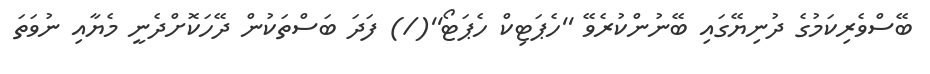
ބޭސްވެރިކަމުގެ ދުނިޔޭގައި ބޭނުންކުރެވޭ ''ހެޕަޓިކް ހެޕަޓޯ''(/) ފަދަ ބަސްތަކުން ދޭހަކޮށްދެނީ މެޔާއި ނުވަތަ